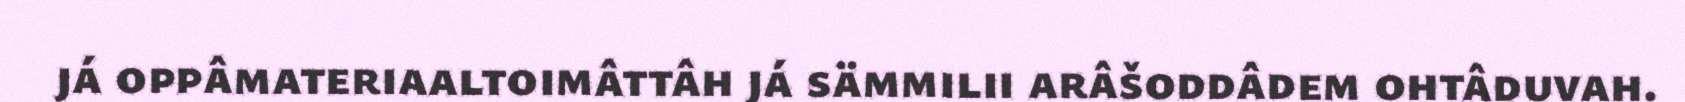
já oppâmateriaaltoimâttâh já sämmilii arâšoddâdem ohtâduvah.